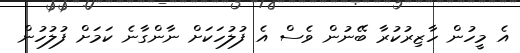
އެ މީހުން ހާޒިރުކުރާ ބޭނުން ވެސް އެ ފުލުހަކަށް ނާންގާނެ ކަމަށް ފުލުހުން